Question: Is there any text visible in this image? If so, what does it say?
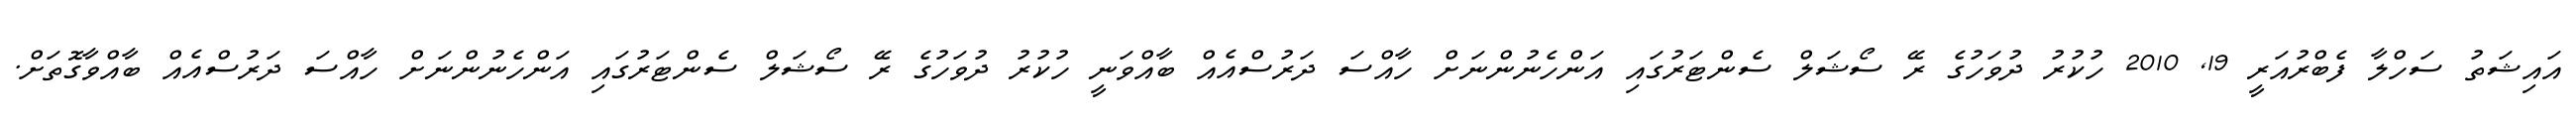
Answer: އައިޝަތު ސަހްލާ ފެބްރުއަރީ 19, 2010 ހުކުރު ދުވަހުގެ ރޭ ސޯޝަލް ސެންޓަރުގައި އަންހެނުންނަށް ހާއްސަ ދަރުސްއެއް ބާއްވަނީ ހުކުރު ދުވަހުގެ ރޭ ސޯޝަލް ސެންޓަރުގައި އަންހެނުންނަށް ހާއްސަ ދަރުސްއެއް ބާއްވާގޮތަށް.